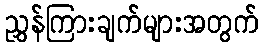
ညွှန်ကြားချက်များအတွက်